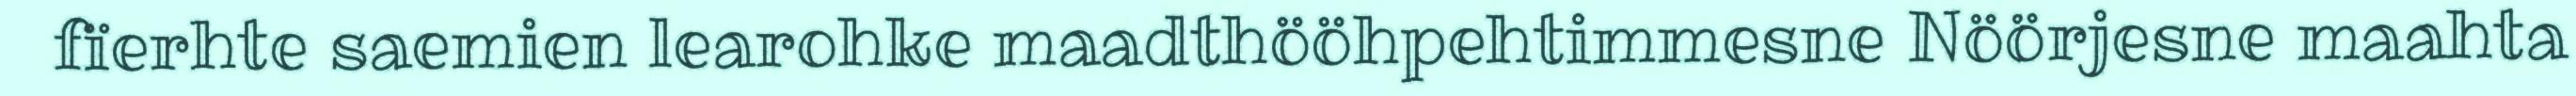
fïerhte saemien learohke maadthööhpehtimmesne Nöörjesne maahta